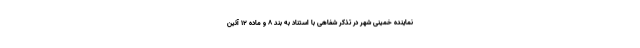
نماینده خمینی شهر در تذکر شفاهی با استناد به بند ۸ و ماده ۱۲ آئین